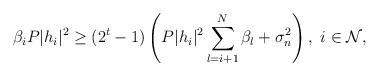
LaTeX: \begin{align*}\beta_i P |h_i|^2\ge (2^t-1)\left(P|h_i|^2\sum_{l=i+1}^N\beta_l+\sigma_n^2\right),~i\in\mathcal{N},\end{align*}